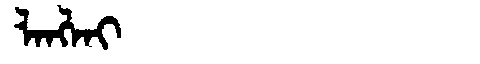
Manchu: ᠯᠠᠩᠯᠠᡳ
Romanization: LANGLAI